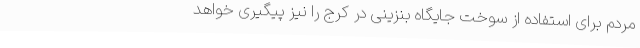
مردم برای استفاده از سوخت جایگاه بنزینی در کرج را نیز پیگیری خواهد